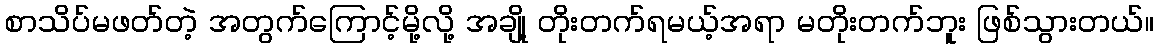
စာသိပ်မဖတ်တဲ့ အတွက်ကြောင့်မို့လို့ အချို့ တိုးတက်ရမယ့်အရာ မတိုးတက်ဘူး ဖြစ်သွားတယ်။